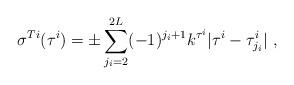
LaTeX: \begin{align*}\sigma^{Ti} (\tau^i) = \pm \sum_{j_i=2}^{2 L } (-1)^{j_i+1} k^{\tau^i} |\tau^i-\tau^i_{j_i}| ~,~\,\end{align*}